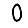
Digit: 0